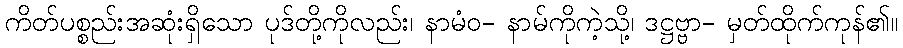
ကိတ်ပစ္စည်းအဆုံးရှိသော ပုဒ်တို့ကိုလည်း၊ နာမံဝ- နာမ်ကိုကဲ့သို့၊ ဒဋ္ဌဗ္ဗာ- မှတ်ထိုက်ကုန်၏။